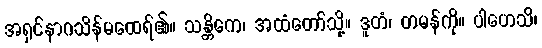
အရှင်နာဂသိန်မထေရ်၏။ သန္တိကေ၊ အထံတော်သို့။ ဒူတံ၊ တမန်ကို။ ပါဟေသိ၊